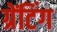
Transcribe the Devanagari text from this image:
ग्रेंटिंग